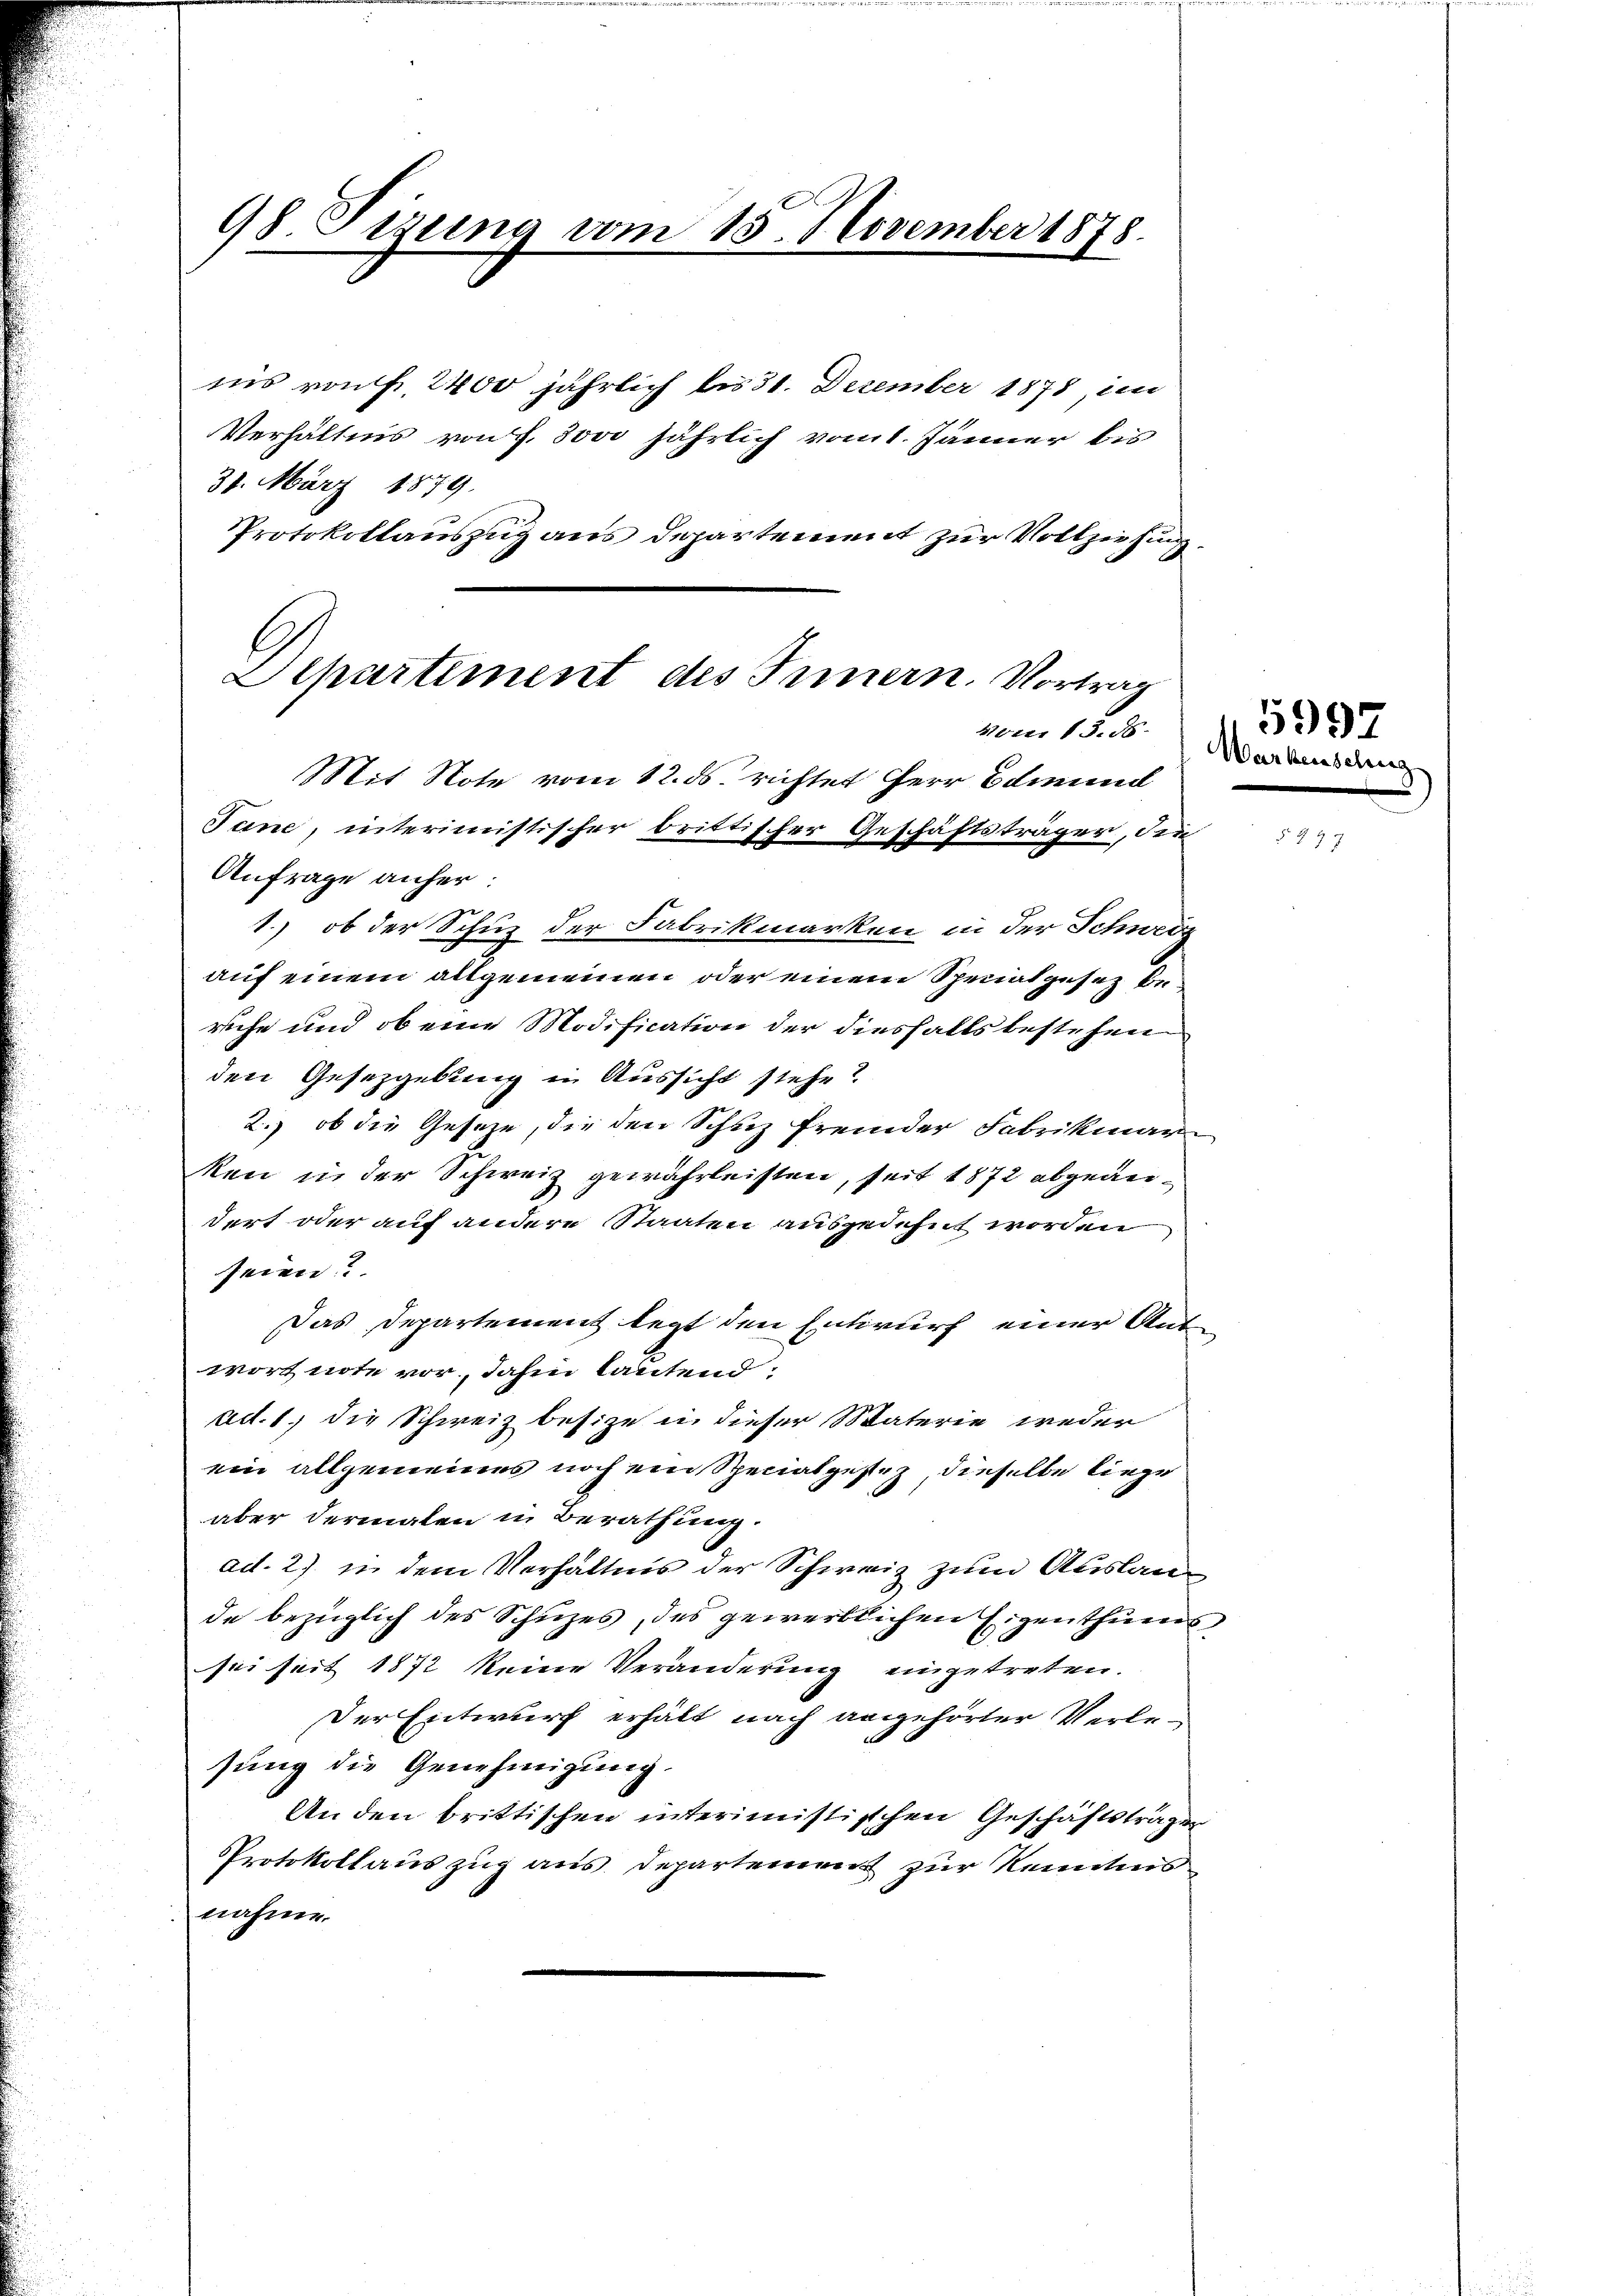
98 Tizung vom 15. November 1878.

31. März 1879.
Protokollauszug aus Departement zur Vollziehung,

ins von Fr. 2400 jährlich bis 31. Dezember 1878, un
Verhältnis von f. 3000 jährlich vom 1. Jänner bis

Departement des Innern. Vortrag
vener 13. d.
Mit Note vom 12. ds. richtet Herr Edmund
Tane, interimistischer brittischer Geschäftsträger, die
Anfrage anher
d
1.) ob der Schutz der Fabrikmarken in der Schweiz

auf einem allgemeinen oder einem Specialgesez bereuche und ob eine Modification der diesfalls bestehen
den Gesetzgebung in Aussicht stehe?
2. ob die Geseze, die den Schuz fremder Fabrikinar
ken in der Schweiz gewährleisten, seit 1872 abgeändert oder auf andere Staaten ausgedehnt worden
seien?
Das Departement legt den Entwurf einer Ant
wort note vor, dahin lautend.
ad. 1.) die Schweiz besize in dieser Materie weder
ein allgemeines noch ein Specialgestez, dieselbe liege
aber dermalen in Berathung.
ad. 2) in dem Verhältnis der Schweiz zum Auslande bezüglich des Schuzes, des gewerblichen Eigenthums
sei seit 1872 keine Veränderung eingetreten.
Der Entwurf erhält nach angehörter Verlesung die Genehmigung.
An den brittischen interimistischen Geschäftsträgen
Protokollauszug aus Departement zur Kenntnis
nahme.

Warkenschus

5997